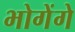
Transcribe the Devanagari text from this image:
भोगेंगे